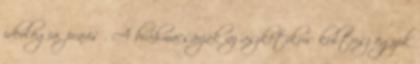
ideológia, praxis . A bráhmacsárják az aszketikus kultusz egyik